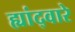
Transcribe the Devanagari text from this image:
ह्यांद्वारे